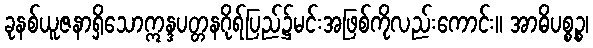
ခုနစ်ယူဇနာရှိသောဣန္ဒပတ္တနဂိုရ်ပြည်၌မင်းအဖြစ်ကိုလည်းကောင်း။ အာဓိပစ္စဉ္စ၊